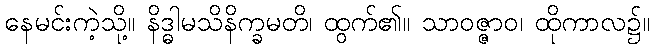
နေမင်းကဲ့သို့။ နိဒ္ဓါမသိနိက္ခမတိ၊ ထွက်၏။ သာဝဇ္ဇာဝ၊ ထိုကာလ၌။